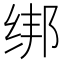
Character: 绑